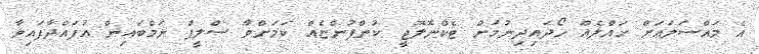
އެ މައްސަލައަށް ހައްލެއް ހޯދައިދިނުމަށް ޓެކްނޮލޮޖީ ކުންފުންޏެއް ކަމަށްވާ ސްލީޕް ނަމްބައިން އުފައްދާފައިވާ